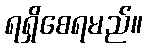
ရရှိစေရမည်။